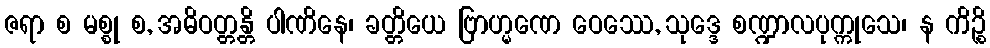
ဇရာ စ မစ္စု စ, အဓိဝတ္တန္တိ ပါဏိနေ၊ ခတ္တိယေ ဗြာဟ္မဏေ ဝေဿေ, သုဒ္ဒေ စဏ္ဍာလပုက္ကုသေ၊ န ကိဉ္စိ